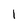
Character: 1